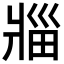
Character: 𪺟